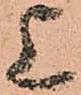
上